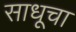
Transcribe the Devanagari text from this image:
साधूचा